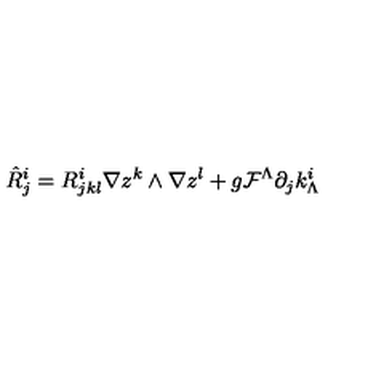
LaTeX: \hat { R } _ { j } ^ { i } = R _ { j k l } ^ { i } \nabla z ^ { k } \wedge \nabla z ^ { l } + g { \cal F } ^ { \Lambda } \partial _ { j } k _ { \Lambda } ^ { i }